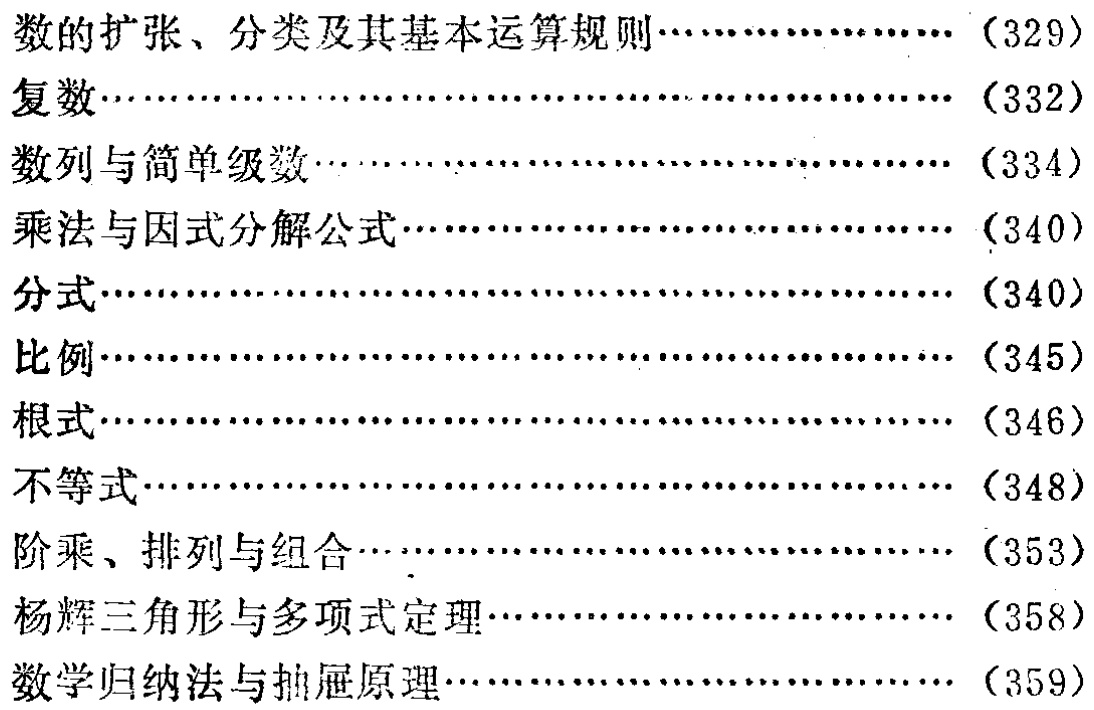
- 数的扩张、分类及其基本运算规则\ldots\ldots\ldots\ldots\ldots\ldots\ldots\ldots （329）

- 复数\ldots\ldots\ldots\ldots\ldots\ldots\ldots\ldots\ldots\ldots\ldots\ldots\ldots\ldots\ldots\ldots\ldots\ldots\ldots\ldots （332）

- 数列与简单级数\ldots\ldots\ldots\ldots\ldots\ldots\ldots\ldots\ldots\ldots\ldots\ldots\ldots\ldots\ldots\ldots\ldots （334）

- 乘法与因式分解公式\ldots\ldots\ldots\ldots\ldots\ldots\ldots\ldots\ldots\ldots\ldots\ldots\ldots\ldots\ldots （340）

- 分式\ldots\ldots\ldots\ldots\ldots\ldots\ldots\ldots\ldots\ldots\ldots\ldots\ldots\ldots\ldots\ldots\ldots\ldots\ldots\ldots\ldots （340）

- 比例\ldots\ldots\ldots\ldots\ldots\ldots\ldots\ldots\ldots\ldots\ldots\ldots\ldots\ldots\ldots\ldots\ldots\ldots\ldots\ldots\ldots （345）

- 根式\ldots\ldots\ldots\ldots\ldots\ldots\ldots\ldots\ldots\ldots\ldots\ldots\ldots\ldots\ldots\ldots\ldots\ldots\ldots\ldots\ldots （346）

- 不等式\ldots\ldots\ldots\ldots\ldots\ldots\ldots\ldots\ldots\ldots\ldots\ldots\ldots\ldots\ldots\ldots\ldots\ldots\ldots\ldots （348）

- 阶乘、排列与组合\ldots\ldots\ldots\ldots\ldots\ldots\ldots\ldots\ldots\ldots\ldots\ldots\ldots\ldots\ldots\ldots （353）

- 杨辉三角形与多项式定理\ldots\ldots\ldots\ldots\ldots\ldots\ldots\ldots\ldots\ldots\ldots\ldots\ldots\ldots （358）

- 数学归纳法与抽屉原理\ldots\ldots\ldots\ldots\ldots\ldots\ldots\ldots\ldots\ldots\ldots\ldots\ldots\ldots\ldots （359）